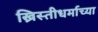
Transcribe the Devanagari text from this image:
ख्रिस्तीधर्माच्या